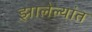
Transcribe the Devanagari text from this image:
झालेल्‍यांत